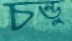
চন্ডু